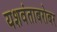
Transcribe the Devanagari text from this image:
यशवंताबरोबर